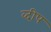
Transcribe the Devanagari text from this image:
व्दीप